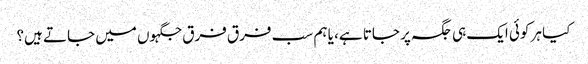
کیا ہر کوئی ایک ہی جگہ پر جاتا ہے، یا ہم سب فرق فرق جگہوں میں جاتے ہیں؟